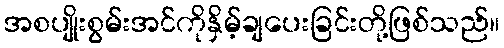
အစပျိုးစွမ်းအင်ကိုနှိမ့်ချပေးခြင်းတို့ဖြစ်သည်။